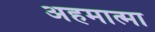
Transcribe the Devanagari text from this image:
अहमात्मा